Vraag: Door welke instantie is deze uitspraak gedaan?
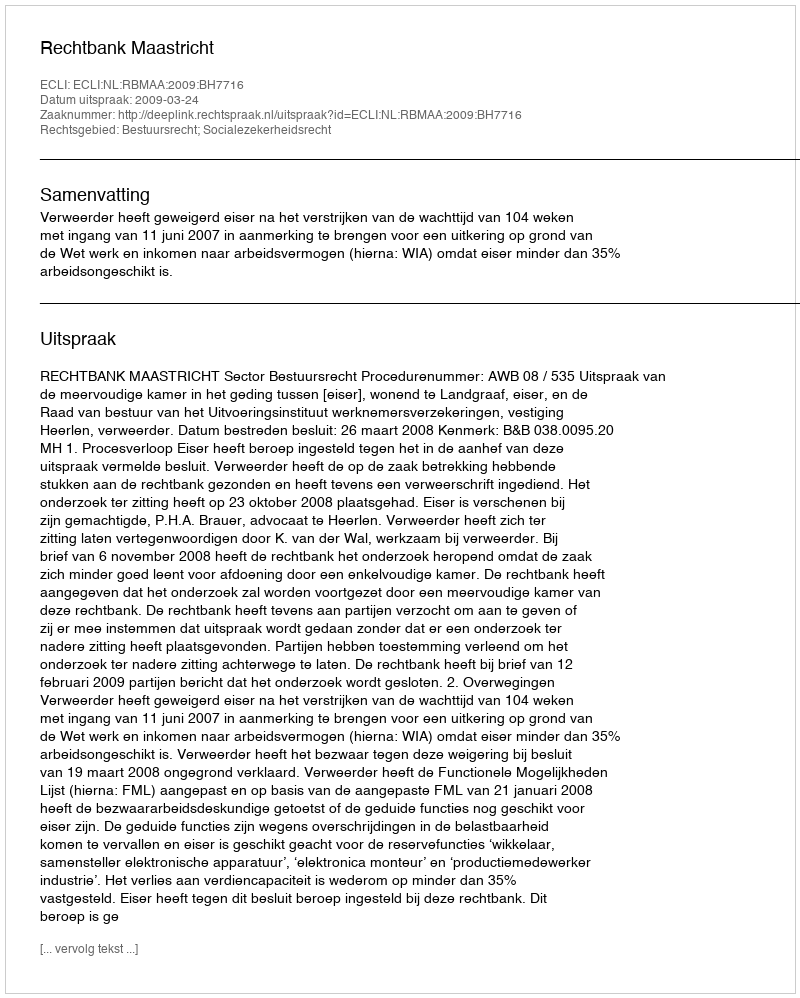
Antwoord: Rechtbank Maastricht